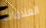
العلامات